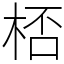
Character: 桮